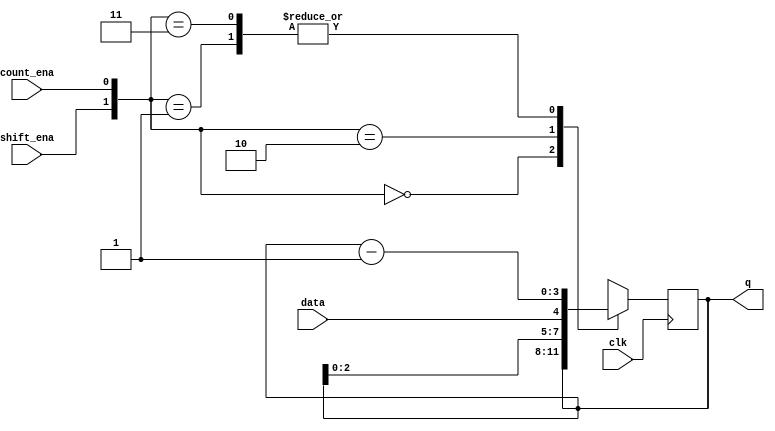
module top_module (
    input clk,
    input shift_ena,
    input count_ena,
    input data,
    output reg [3:0] q);
    
    initial begin
        q <= 1'b0;
    end
    
    always @(posedge clk) begin
            case ({shift_ena, count_ena})
                2'b00: q <= q;
                2'b01: q <= q - 1'b1;
                2'b10: q <= {q[2:0], data};
                2'b11 : q <= q - 1'b1;
            endcase
    end

endmodule